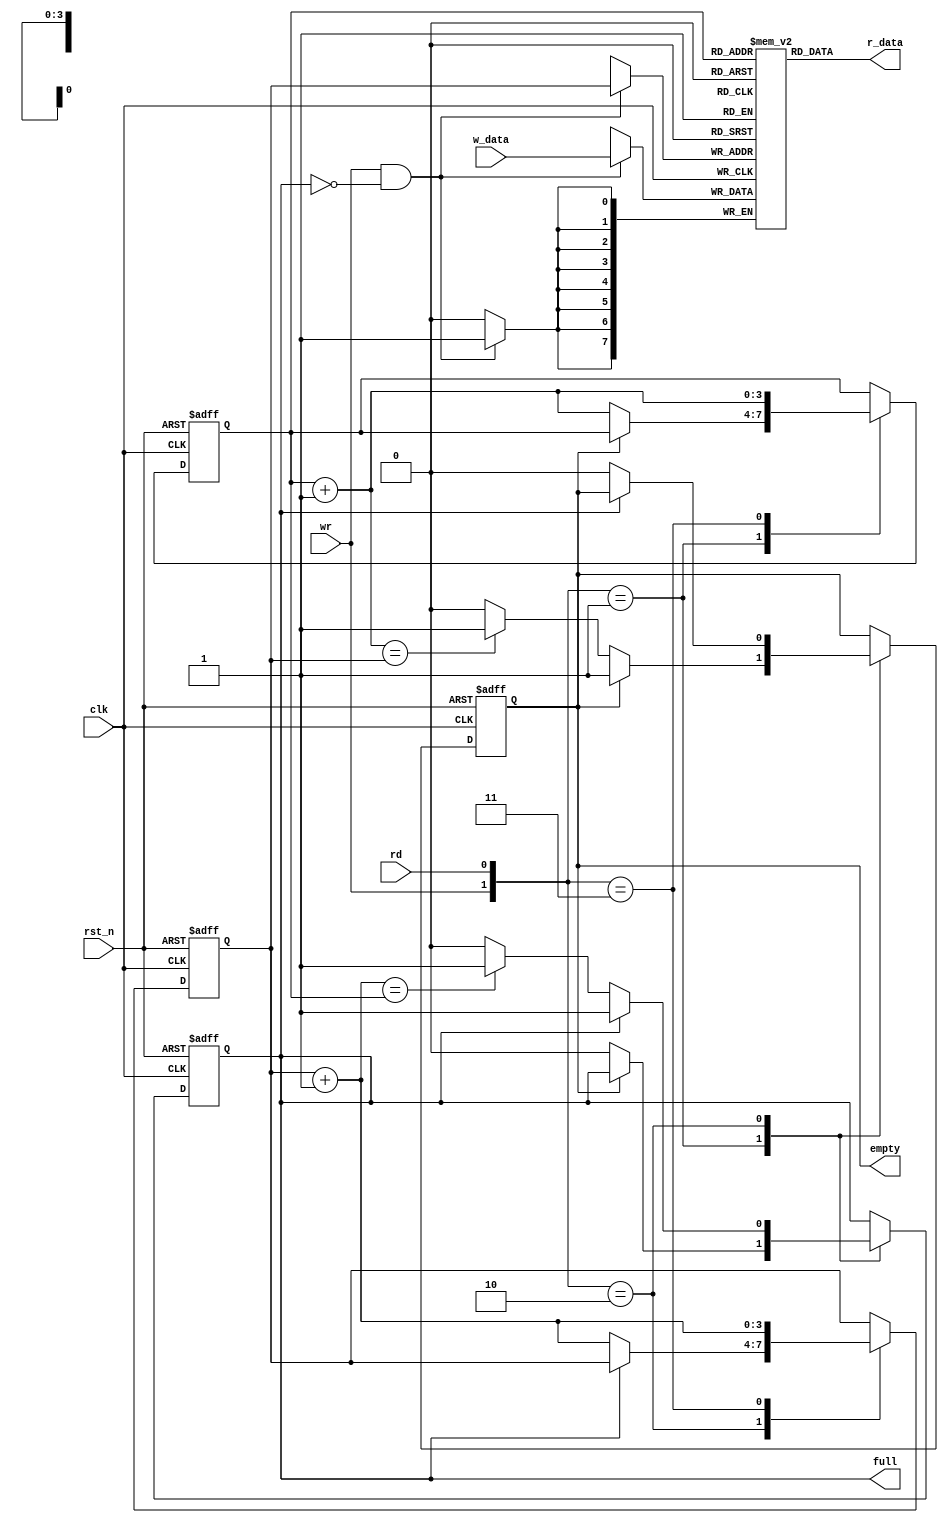
// Please Read README.md 

module FIFO #( parameter B = 8,	//	Number of bits in a word
			 W = 4	//	Number of address bits
	     )
	     (	input 		clk,    // Clock
		input 		rst_n,  // Asynchronous reset active low
		input 		rd,wr,
		input  [B-1:0]	w_data,	// Write Data
	        output [B-1:0]	r_data,	// Read Data 
		output 		empty,full
			);


// Signal Declaration
	reg [B-1:0] array_reg [2**W-1:0];		// Register Array
	reg [W-1:0] w_ptr_reg, w_ptr_next, w_ptr_succ;	// Write Pointers
	reg [W-1:0] r_ptr_reg, r_ptr_next, r_ptr_succ;	// Read Pointers
	reg 	    full_reg,full_next;
	reg 	    empty_reg,empty_next;


// Write enabled only when FIFO is not Full
	assign wr_en 	=	wr & ~full_reg;

// Register file Read Operation 
	assign r_data	=	array_reg[r_ptr_reg];


// Register file write operation
	always@(posedge clk)
		if(wr_en)
			array_reg[w_ptr_reg] 	<=	w_data;

// FIFO Control Logic
// Sequential Always block
// Register for Read and Write pointers

	always @(posedge clk or negedge rst_n)
		begin	
			if(~rst_n) begin
				w_ptr_reg	<= 	0;
				r_ptr_reg	<=	0;
				full_reg	<=	1'b0;
				empty_reg 	<= 	1'b1;
			end else begin
				w_ptr_reg	<= 	w_ptr_next;
				r_ptr_reg	<=	r_ptr_next;
				full_reg 	<= 	full_next;
				empty_reg 	<=	empty_next;
			end
	end


// Next State logic for read and write pointers

	always@(*)
		begin 
			// Successive pointers values
			w_ptr_succ	=	w_ptr_reg + 1;
			r_ptr_succ	=	r_ptr_reg + 1;

			// default: keep old values
			w_ptr_next	=	w_ptr_reg;
			r_ptr_next	=	r_ptr_reg;
			full_next	=	full_reg;
			empty_next	=	empty_reg;


			case ({wr,rd})
				//2'b00	:	No Operation

				2'b01	:	// Read from FIFO
							if(~empty_reg) 
							  begin	// Not empty
								r_ptr_next	=	r_ptr_succ;
								full_next	=	1'b0;

								if(r_ptr_succ == w_ptr_reg)
								empty_next	=	1'b1;

							  end
				
				2'b10 	:	// Write in FIFO
							if(~full_reg)
							  begin	// Not Full 	
								w_ptr_next	=	w_ptr_succ;
								empty_next	=	1'b0;

								if(w_ptr_succ == r_ptr_reg)
								full_next 	=	1'b1;
							  end
				
				2'b11	:	// Write and Read
							begin
								w_ptr_next	=	w_ptr_succ;
								r_ptr_next	=	r_ptr_succ;
							end
			endcase
		end

// Output
	assign full 	=	full_reg;
	assign empty 	=	empty_reg;

endmodule